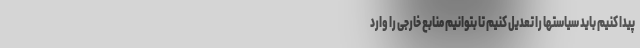
پیدا کنیم باید سیاستها را تعدیل کنیم تا بتوانیم منابع خارجی را وارد